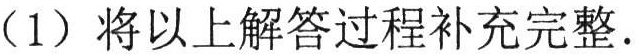
（1）将以上解答过程补充完整.